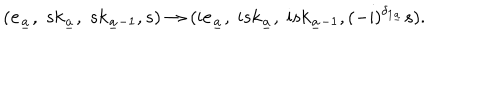
LaTeX: ( { \bf e } _ { \underline { { a } } } , \; s k _ { \underline { { a } } } , \; s k _ { { \underline { { a } } } - 1 } , s ) \to ( \mathrm { i } { \bf e } _ { \underline { { a } } } , \; \mathrm { i } s k _ { \underline { { a } } } , \; \mathrm { i } s k _ { { \underline { { a } } } - 1 } , ( - \mathrm { i } ) ^ { \delta _ { 1 { \underline { { a } } } } } s ) .